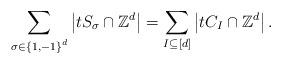
LaTeX: \begin{align*}\sum_{\sigma \in \left\{1, -1 \right\}^d} \left| tS_{\sigma} \cap \mathbb{Z}^d \right| = \sum_{I \subseteq [d]} \left| t C_I \cap \mathbb{Z}^d \right| .\end{align*}